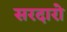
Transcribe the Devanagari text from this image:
सरदारो